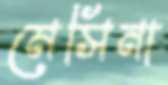
মেসিনা